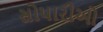
સોપારીઓ